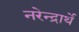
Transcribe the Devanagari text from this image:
नरेन्द्रार्थे